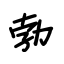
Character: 勃